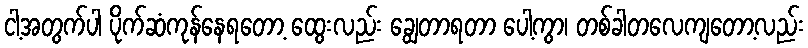
ငါ့အတွက်ပါ ပိုက်ဆံကုန်နေရတော့ ထွေးလည်း ချွေတာရတာ ပေါ့ကွာ၊ တစ်ခါတလေကျတော့လည်း